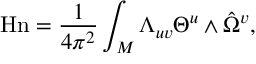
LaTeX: \mathrm { H n } = { \frac { 1 } { 4 \pi ^ { 2 } } } \int _ { M } \Lambda _ { u v } \Theta ^ { u } \wedge \hat { \Omega } ^ { v } ,